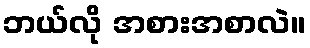
ဘယ်လို အစားအစာလဲ။